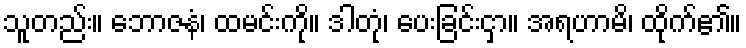
သူတည်း။ ဘောဇနံ၊ ထမင်းကို။ ဒါတုံ၊ ပေးခြင်းငှာ။ အရဟာမိ၊ ထိုက်၏။